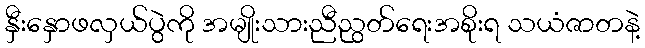
နှီးနှောဖလှယ်ပွဲကို အမျိုးသားညီညွတ်ရေးအစိုးရ သယံဇာတနဲ့